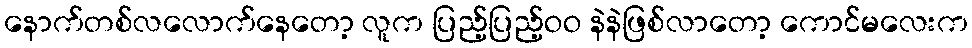
နောက်တစ်လလောက်နေတော့ လူက ပြည့်ပြည့်ဝဝ နဲနဲဖြစ်လာတော့ ကောင်မလေးက